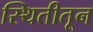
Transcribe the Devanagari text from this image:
स्थितीतून